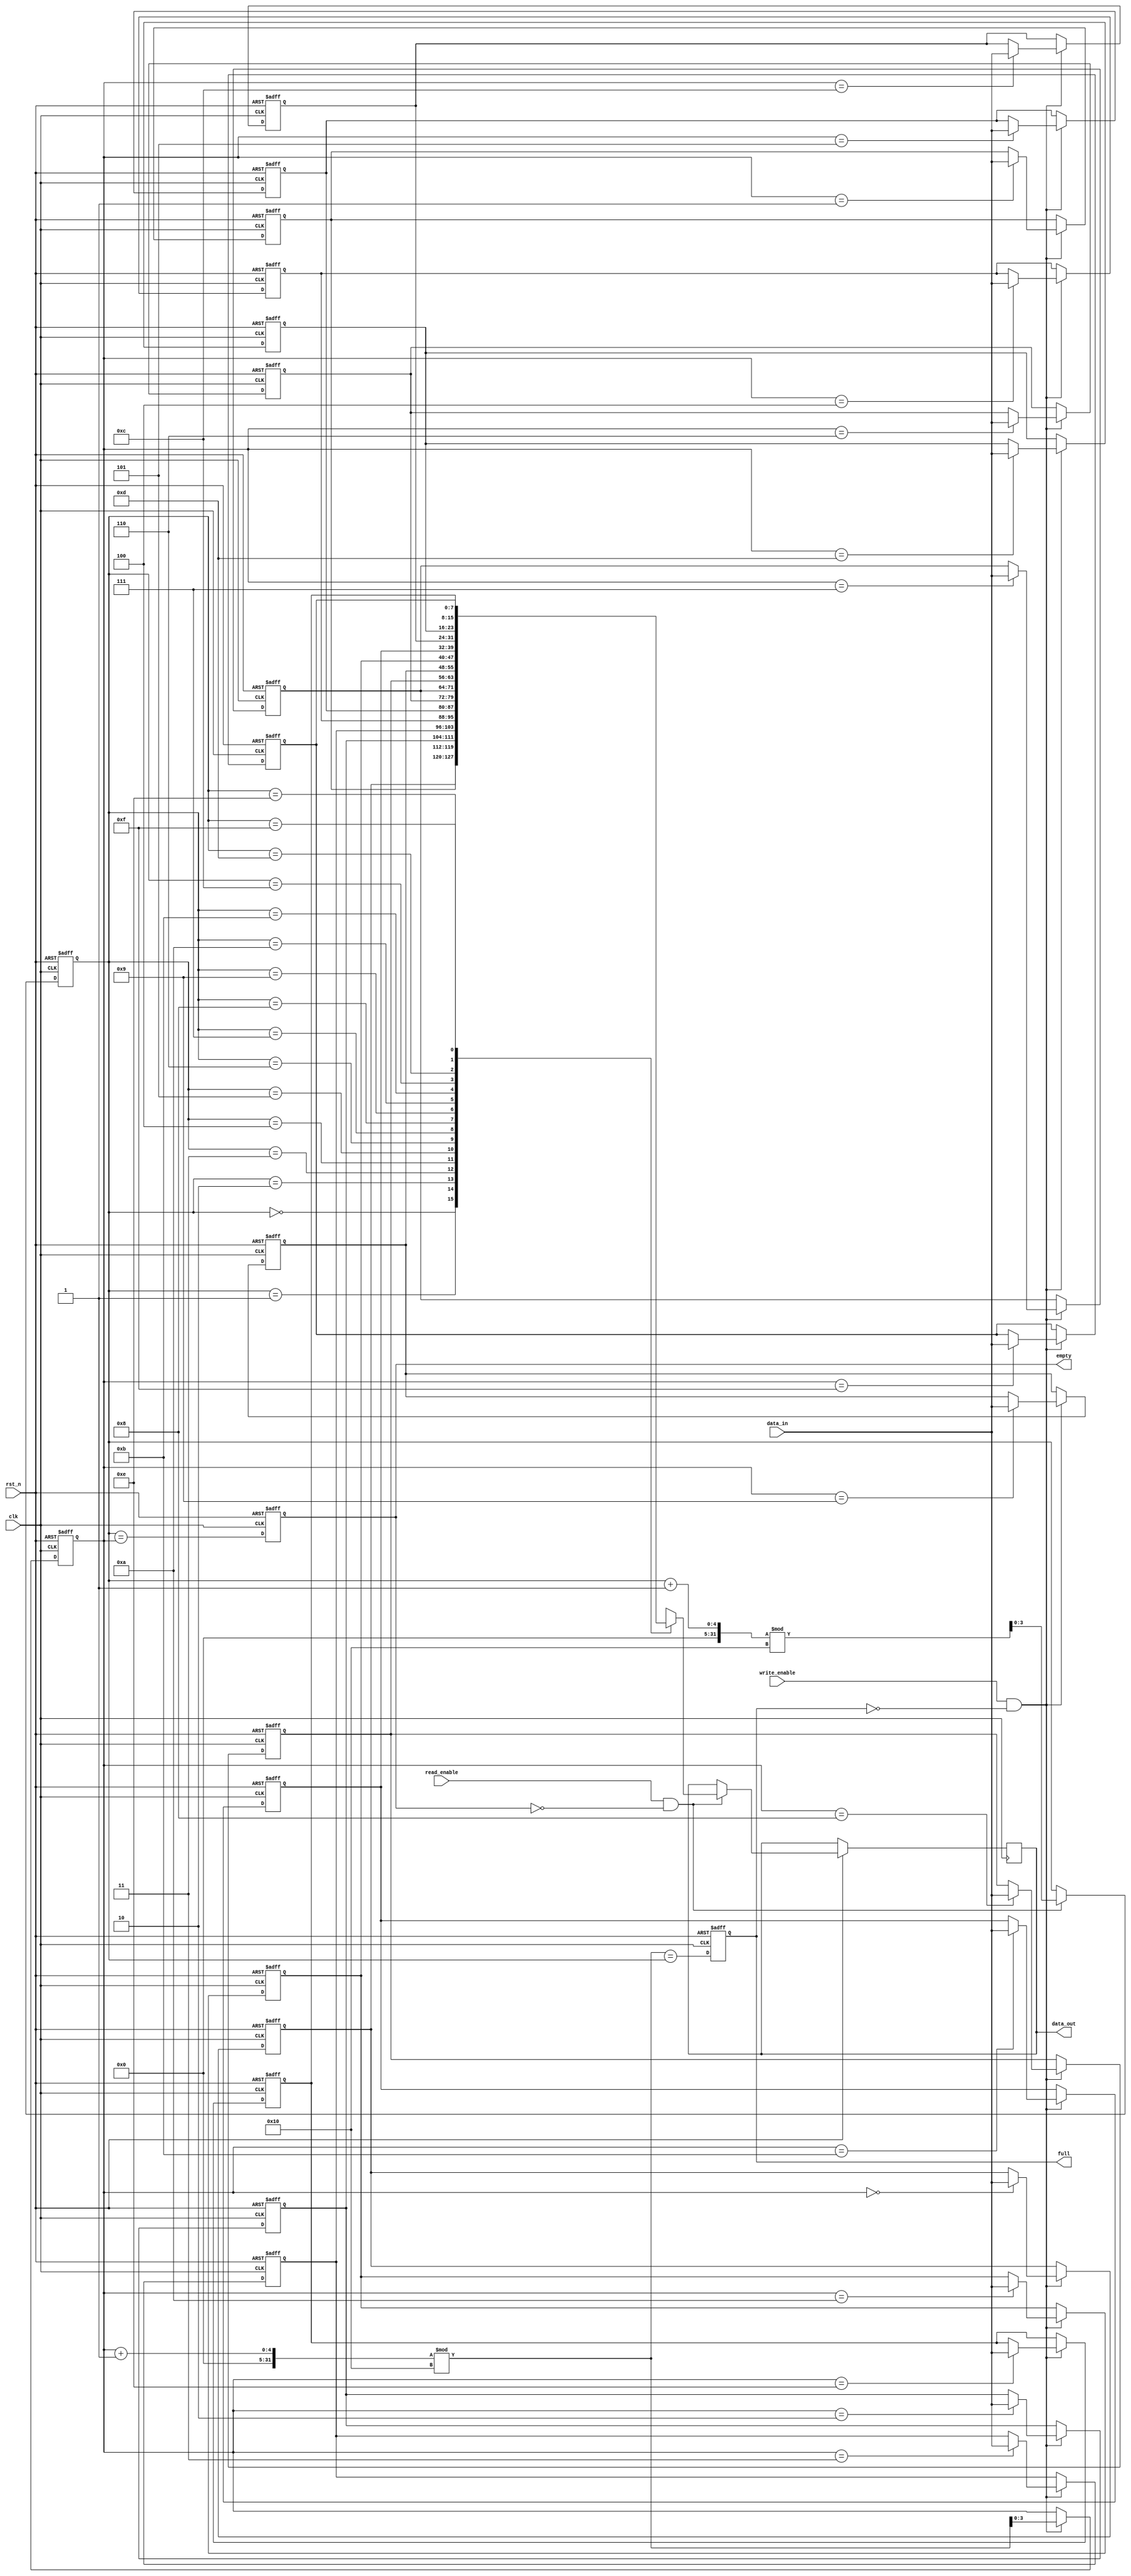
module parameterized_fifo #(
    parameter DATA_WIDTH = 8,      // Width of each data entry
    parameter FIFO_DEPTH = 16       // Total number of entries in FIFO
) (
    input wire clk,                 // Clock signal
    input wire rst_n,               // Active-low reset
    input wire write_enable,        // Write enable signal
    input wire read_enable,         // Read enable signal
    input wire [DATA_WIDTH-1:0] data_in, // Data input
    output reg [DATA_WIDTH-1:0] data_out, // Data output
    output reg full,                // Full flag
    output reg empty                // Empty flag
);

    // Calculate log2 of FIFO_DEPTH
    localparam DEPTH_LOG2 = $clog2(FIFO_DEPTH);
    
    // Memory array to store data
    reg [DATA_WIDTH-1:0] fifo_mem [0:FIFO_DEPTH-1];
    
    // Read and write pointers
    reg [DEPTH_LOG2-1:0] read_ptr;
    reg [DEPTH_LOG2-1:0] write_ptr;
    
    integer i;

    // Reset logic on negative edge of rst_n
    always @(posedge clk or negedge rst_n) begin
        if (!rst_n) begin
            read_ptr <= 0;
            write_ptr <= 0;
            full <= 0;
            empty <= 1;
            // Initialize FIFO memory
            for (i = 0; i < FIFO_DEPTH; i = i + 1) begin
                fifo_mem[i] <= 0;
            end
        end else begin
            // Write operation
            if (write_enable && !full) begin
                fifo_mem[write_ptr] <= data_in;
                write_ptr <= (write_ptr + 1) % FIFO_DEPTH;
            end
            
            // Read operation
            if (read_enable && !empty) begin
                data_out <= fifo_mem[read_ptr];
                read_ptr <= (read_ptr + 1) % FIFO_DEPTH;
            end
            
            // Update full and empty flags
            full <= (write_ptr + 1) % FIFO_DEPTH == read_ptr;
            empty <= read_ptr == write_ptr;
        end
    end

endmodule